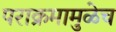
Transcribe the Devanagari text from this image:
पराक्रमामुळेच